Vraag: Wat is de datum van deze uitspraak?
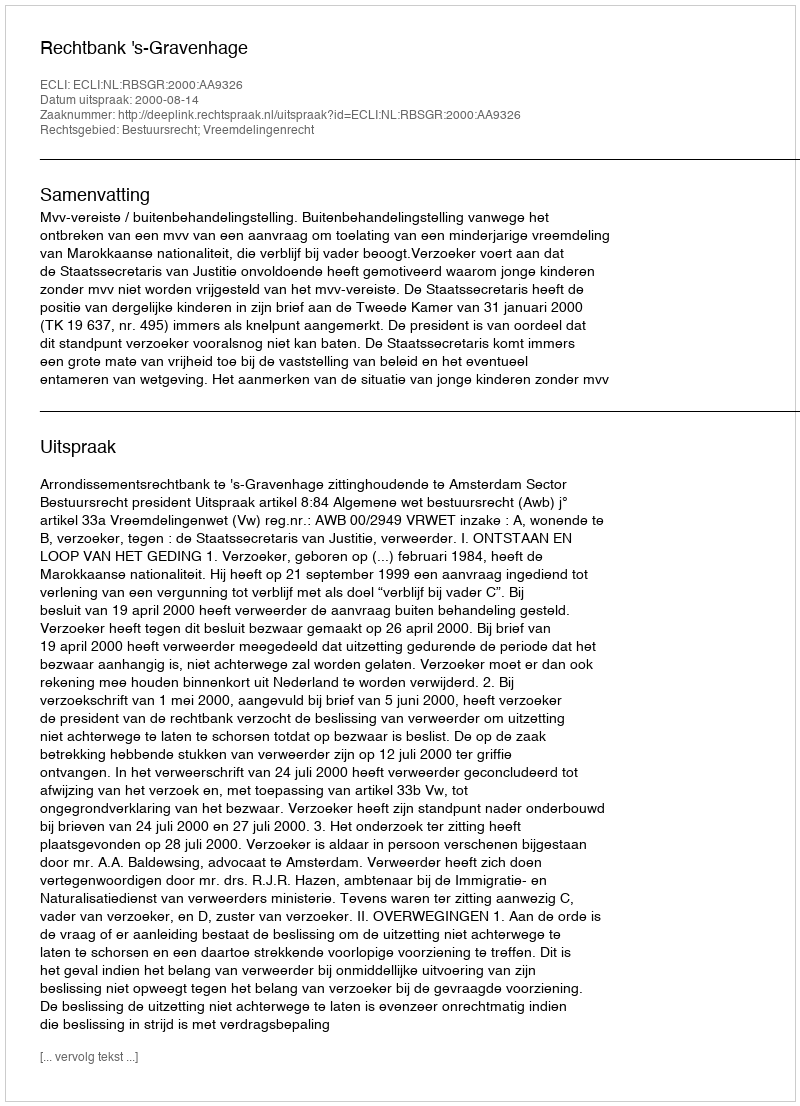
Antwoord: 2000-08-14